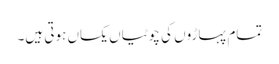
تمام پہاڑوں کی چوٹیاں یکساں ہوتی ہیں۔